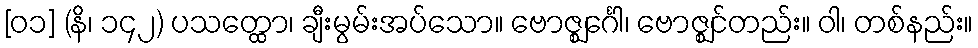
[၀၁] (နိ၊ ၁၄၂) ပသတ္ထော၊ ချီးမွမ်းအပ်သော။ ဗောဇ္ဈင်္ဂေါ၊ ဗောဇ္ဈင်တည်း။ ဝါ၊ တစ်နည်း။